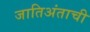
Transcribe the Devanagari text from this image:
जातिअंताची